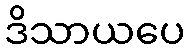
ဒိသာယပေ